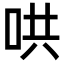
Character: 哄